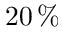
2 0 \, \%